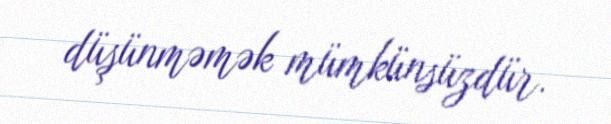
düşünməmək mümkünsüzdür.